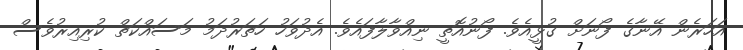
އަހަރެން އޭނާގެ ފޯނަށް ގުޅީއެވެ. ފޯނުއޮތީ ނިއްވާލާފައެވެ. އެދުވަހު ހަތަރުދަމު މަސައްކަތް ކުރިއިރުވެސް